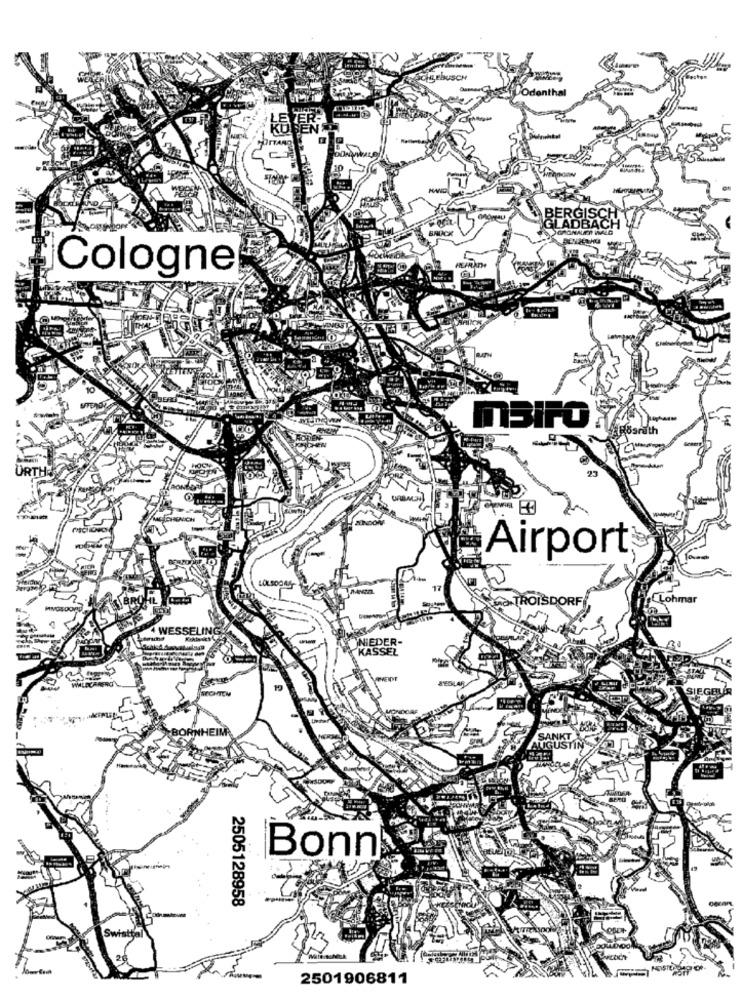
BERGISO
GLADBACH
>GRONAUEN WALD
Cologne
MSIPO
6
ARCHENICH
Airport
TROISDORF
Lohmar
NIEDER-
KASSEL
SIEGEL
SANKT
AUGUSTIN
Bonn
2505128958
2501906811